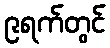
၉ရက်တွင်